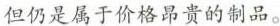
但仍是属于价格昂贵的制品。